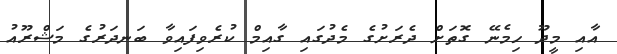
އާއި މީދޫ ހިމެނޭ ގޮތަށް ދެރަށުގެ މެދުގައި ގާއިމް ކުރެވިފައިވާ ބަނދަރުގެ މަޝްރޫއު